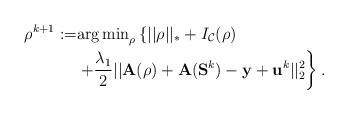
LaTeX: \begin{align*}\rho^{k+1} := &{\arg \min}_{\rho} \left\{||\rho||_*+ I_{\mathcal{C}}(\rho) \right. \\ &\left. +\frac{\lambda_1}{2}||\mathbf{A}(\mathbf{\rho}) +\mathbf{A} (\mathbf{S}^k)- \mathbf{y}+ \mathbf{u}^k||_2^2 \right\}.\end{align*}